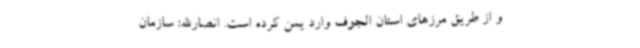
و از طریق مرزهای استان الجوف وارد یمن کرده است. انصارالله: سازمان